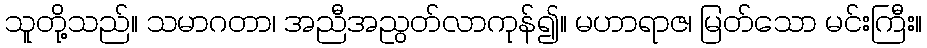
သူတို့သည်။ သမာဂတာ၊ အညီအညွတ်လာကုန်၍။ မဟာရာဇ၊ မြတ်သော မင်းကြီး။